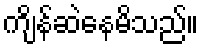
ကျိန်ဆဲနေမိသည်။